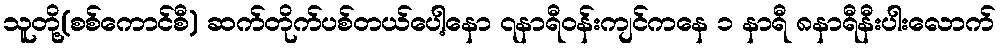
သူတို့(စစ်ကောင်စီ) ဆက်တိုက်ပစ်တယ်ပေါ့နော ၇နာရီဝန်းကျင်ကနေ ၁ နာရီ ၈နာရီနီးပါးလောက်